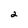
Character: 2